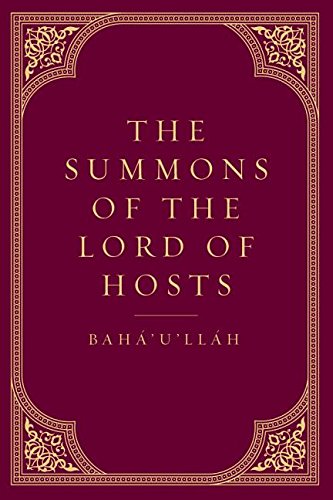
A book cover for The Summons of the Lord of Hosts: Tablets of Baha'u'llah; Baha'u'llah; Religion & Spirituality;